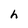
Character: h